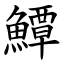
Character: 鱏